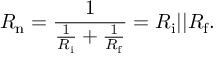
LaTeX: R _ { \mathrm { n } } = { \frac { 1 } { { \frac { 1 } { R _ { \mathrm { i } } } } + { \frac { 1 } { R _ { \mathrm { f } } } } } } = R _ { \mathrm { i } } | | R _ { \mathrm { f } } .